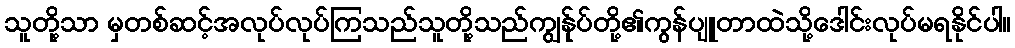
သူတို့သာ မှတစ်ဆင့်အလုပ်လုပ်ကြသည်သူတို့သည်ကျွန်ုပ်တို့၏ကွန်ပျူတာထဲသို့ဒေါင်းလုပ်မရနိုင်ပါ။